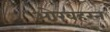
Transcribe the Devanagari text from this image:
ओखहरन